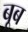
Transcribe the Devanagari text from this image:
बूब